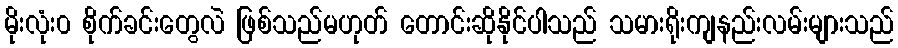
မိုးလုံး၀ စိုက်ခင်းတွေလဲ ဖြစ်သည်မဟုတ် တောင်းဆိုနိုင်ပါသည် သမားရိုးကျနည်းလမ်းများသည်